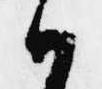
ハ